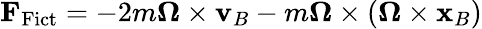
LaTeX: \mathbf{F}_{\mathrm{Fict}}=-2m{\boldsymbol{\Omega}}\times\mathbf{v}_{B}-m{\boldsymbol{\Omega}}\times({\boldsymbol{\Omega}}\times\mathbf{x}_{B})